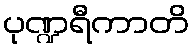
ပုဏ္ဍရီကာတိ